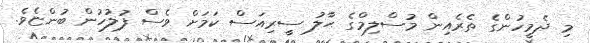
މި ދެމީހުންގެ ތެރެއިން މުސްލިމްގެ ޙާލު ސީރިއަސް ކަމަށް ވެސް ފުލުހުން ބުންޏެވެ.